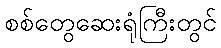
စစ်တွေဆေးရုံကြီးတွင်